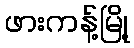
ဖားကန့်မြို့